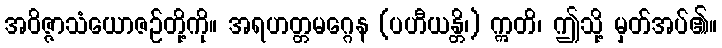
အဝိဇ္ဇာသံယောဇဉ်တို့ကို။ အရဟတ္တမဂ္ဂေန (ပဟီယန္တိ၊) ဣတိ၊ ဤသို့ မှတ်အပ်၏။